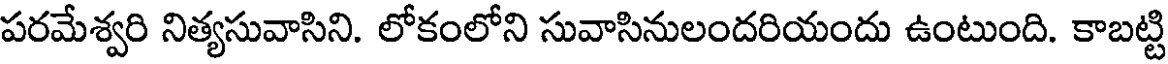
పరమేశ్వరి నిత్యసువాసిని. లోకంలోని సువాసినులందరియందు ఉంటుంది. కాబట్టి